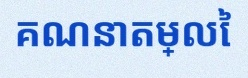
គណនាតម្លៃ